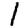
Digit: 1